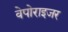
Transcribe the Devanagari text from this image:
वेपोराइजर